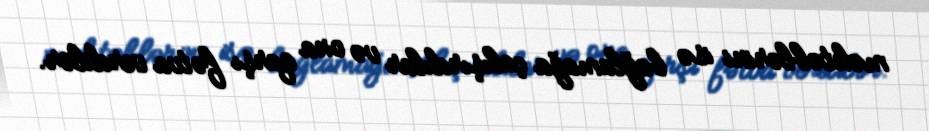
məktəblərini isə bağlamağa çalışırdılar və ona qarşı fətva verdilər.